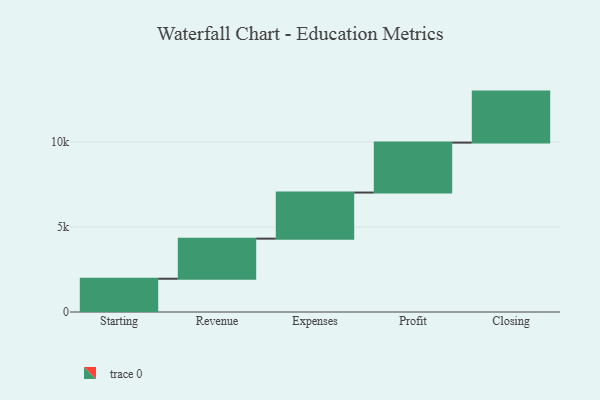
{"axis": {"x": "Step", "y": "Value"}, "legend": [""], "data": [{"x": "Starting", "y": 1956.0, "type": ""}, {"x": "Revenue", "y": 2358.0, "type": ""}, {"x": "Expenses", "y": 2710.0, "type": ""}, {"x": "Profit", "y": 2936.0, "type": ""}, {"x": "Closing", "y": 3000, "type": ""}]}